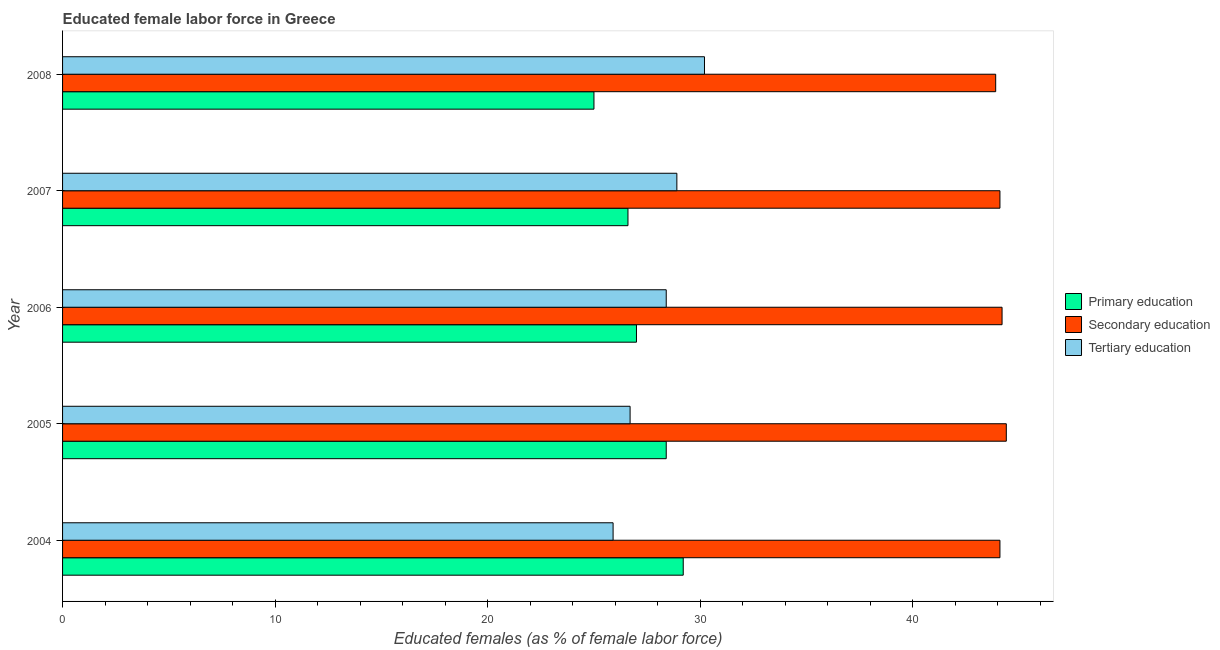
| Year | Primary education | Secondary education | Tertiary education |
 | --- | --- | --- | --- |
 | 2004 | 29.2 | 44.1 | 25.9 |
 | 2005 | 28.4 | 44.4 | 26.7 |
 | 2006 | 27 | 44.2 | 28.4 |
 | 2007 | 26.6 | 44.1 | 28.9 |
 | 2008 | 25 | 43.9 | 30.2 |